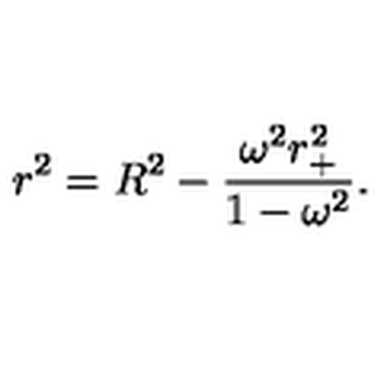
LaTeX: r ^ { 2 } = R ^ { 2 } - \frac { \omega ^ { 2 } r _ { + } ^ { 2 } } { 1 - \omega ^ { 2 } } .